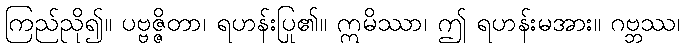
ကြည်ညို၍။ ပဗ္ဗဇ္ဇိတာ၊ ရဟန်းပြု၏။ ဣမိဿာ၊ ဤ ရဟန်းမအား။ ဂဗ္ဘဿ၊